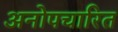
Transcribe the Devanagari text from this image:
अनोपचारित